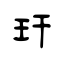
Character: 玕